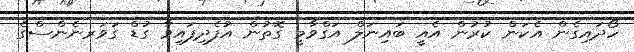
ހޯދައިގެން އެކަން ކުރުން އެއީ ބައިނަލް އަގްވާމީ ގޮތުން އުފެދިފައިވާ ގުޑް ގަވަރނެންސްގެ